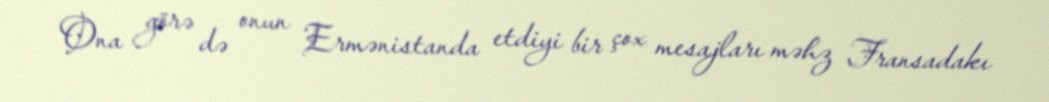
Ona görə də onun Ermənistanda etdiyi bir çox mesajları məhz Fransadakı